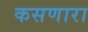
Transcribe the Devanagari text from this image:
कसणारा